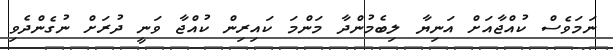
ނަމަވެސް ކުއްޖާއަށް އަނިޔާ ލިބެމުންދާ މަންމަ ކައިރިން ކުއްޖާ ވަނީ ދުރަށް ނުގެންދެވި